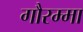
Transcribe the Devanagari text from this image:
गौरम्मा